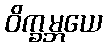
ဝိက္ခမ္ဘယေ